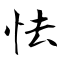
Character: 怯